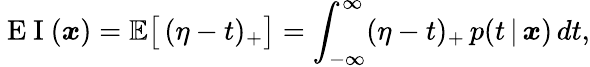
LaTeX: \mathrm{~E~I~}(\boldsymbol{x})=\mathbb{E}\big[\, (\eta-t)_{+}\big]=\int_{-\infty}^{\infty}(\eta-t)_{+}\, p(t\, |\, \boldsymbol{x})\, dt,